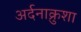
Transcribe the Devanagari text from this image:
अर्दनाक्रुशा